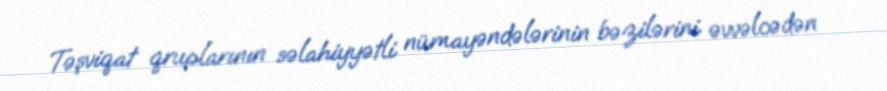
Təşviqat qruplarının səlahiyyətli nümayəndələrinin bəzilərini əvvəlcədən